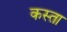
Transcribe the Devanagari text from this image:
कस्ता